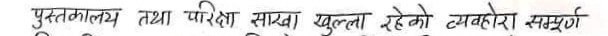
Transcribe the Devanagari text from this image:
पुस्तकालय तथा परिक्षा साखा खुल्ला रहेको व्यवहार सम्पूर्ण